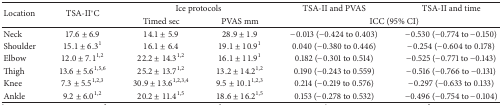
<table><thead><tr><td rowspan="2"><b>Location</b></td><td rowspan="2"><b>TSA-II°C</b></td><td colspan="2"><b>Ice protocols</b></td><td><b>TSA-II and PVAS</b></td><td><b>TSA-II and time</b></td></tr><tr><td><b>Timed sec</b></td><td><b>PVAS mm</b></td><td colspan="2"><b>ICC (95% CI)</b></td></tr></thead><tbody><tr><td>Neck</td><td>17.6 ± 6.9</td><td>14.1 ± 5.9</td><td>28.9 ± 1.9</td><td>−0.013 (−0.424 to 0.403)</td><td>−0.530 (−0.774 to −0.150)</td></tr><tr><td>Shoulder</td><td>15.1 ± 6.3<sup>1</sup></td><td>16.1 ± 6.4</td><td>19.1 ± 10.9<sup>1</sup></td><td>0.040 (−0.380 to 0.446)</td><td>−0.254 (−0.604 to 0.178)</td></tr><tr><td>Elbow</td><td>12.0 ± 7.1<sup>1,2</sup></td><td>22.2 ± 14.3<sup>1,2</sup></td><td>16.1 ± 11.9<sup>1</sup></td><td>0.182 (−0.301 to 0.514)</td><td>−0.525 (−0.771 to −0.143)</td></tr><tr><td>Thigh</td><td>13.6 ± 5.6<sup>1,5,6</sup></td><td>25.2 ± 13.7<sup>1,2</sup></td><td>13.2 ± 14.2<sup>1,2</sup></td><td>0.190 (−0.243 to 0.559)</td><td>−0.516 (−0.766 to −0.131)</td></tr><tr><td>Knee</td><td>7.3 ± 5.5<sup>1,2,3</sup></td><td>30.9 ± 13.6<sup>1,2,3,4</sup></td><td>9.5 ± 10.1<sup>1,2,3</sup></td><td>0.214 (−0.219 to 0.576)</td><td>−0.297 (−0.633 to 0.133)</td></tr><tr><td>Ankle</td><td>9.2 ± 6.0<sup>1,2</sup></td><td>20.2 ± 11.4<sup>1,5</sup></td><td>18.6 ± 16.2<sup>1,5</sup></td><td>0.153 (−0.278 to 0.532)</td><td>−0.496 (−0.754 to −0.104)</td></tr></tbody></table>